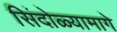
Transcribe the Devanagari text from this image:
सिंदोळ्यामागे